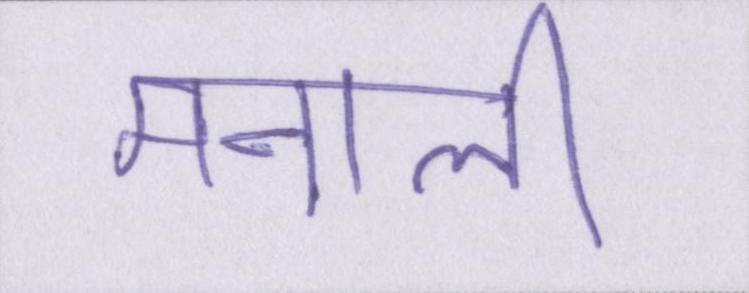
मनाली